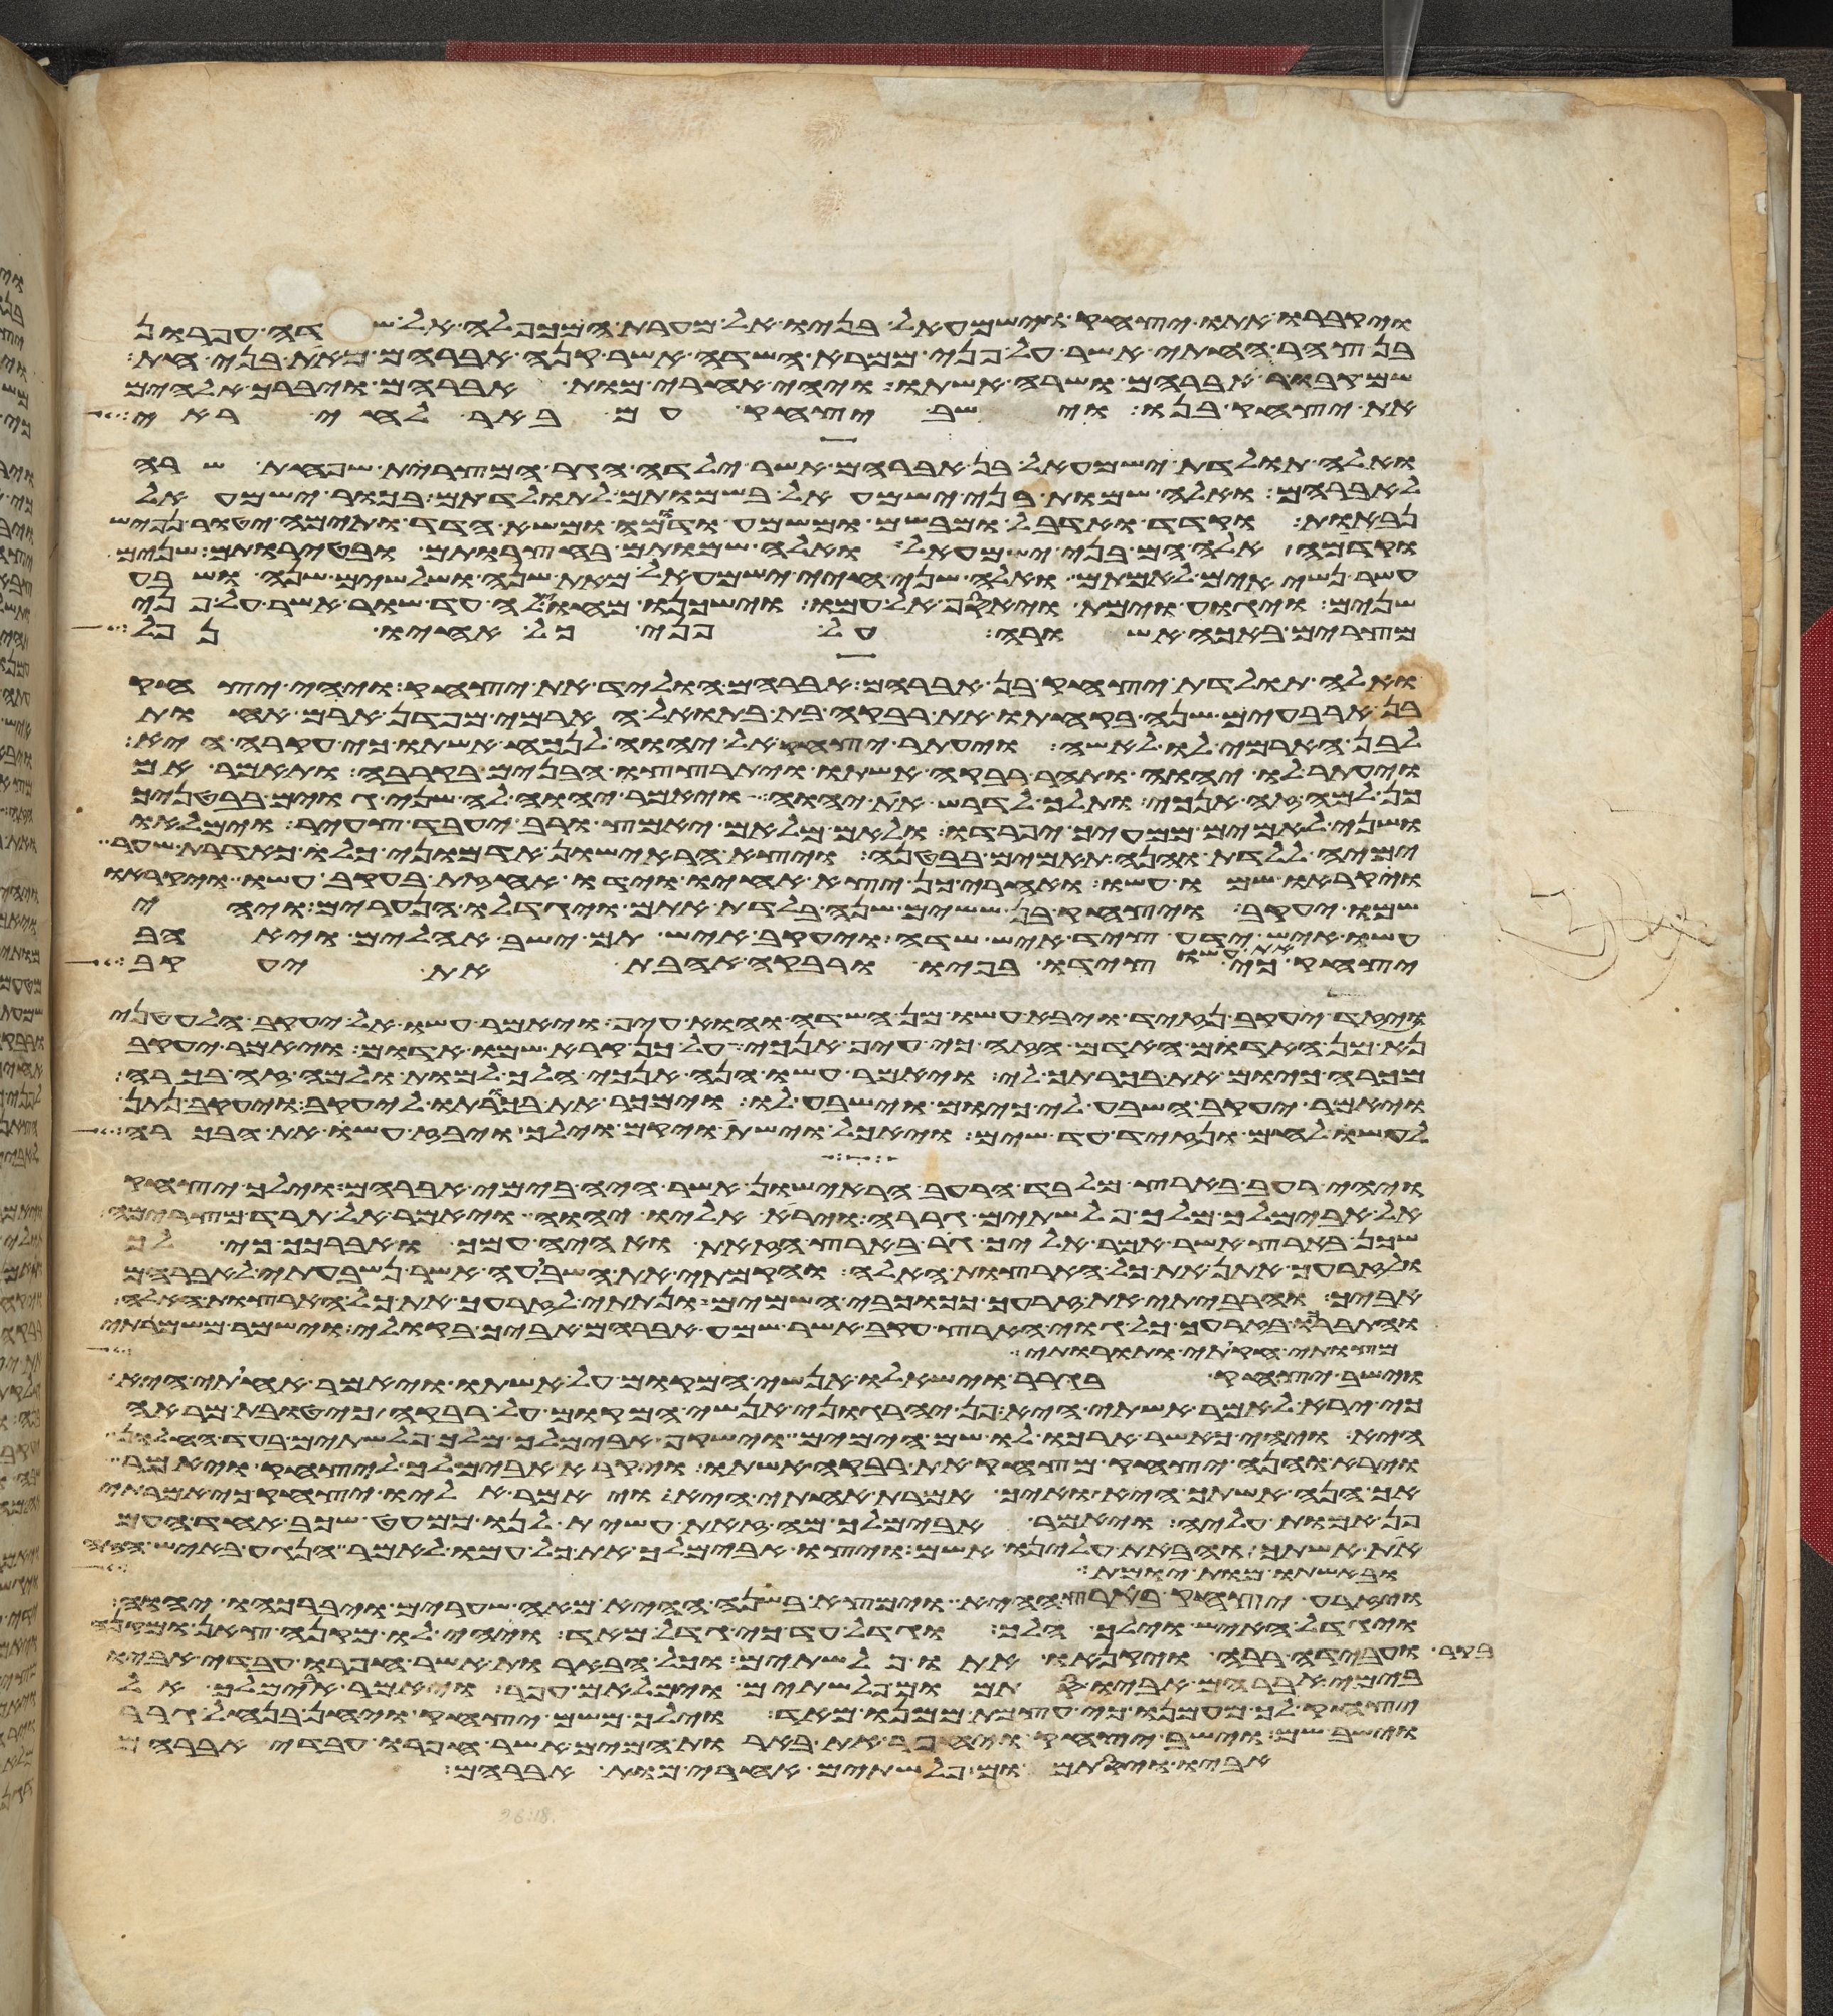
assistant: ויקברו אתו יצחק וישמעאל בניו אל מערת המכפלה אל שדה עפרון
צהר החתי אשר על פני ממרא השדה אשר קנה אברהם מאת בני חת
קבור אברהם ושרה אשתו ויהי אחרי מות אברהם ויברך אלהים
את יצחק בנו וישב יצחק עם באר לחי ראי
ואלה תולדת ישמעאל בן אברהם אשר ילדה הגר המצרית שפחת שרה
לאברהם ואלה שמות בני ישמעאל בשמותם לתולדתם בכור ישמעאל
נבאות וקדד ואדבל ומבשם ומשמע ודומה ומשא הדד ותימה יטור נפיש
וקדמה אלה הם בני ישמעאל ואלה שמותם בחצרותם ובטירתם שנים
עשר נשיאים לאמתם ואלה שני חיי ישמעאל מאת שנה ושלשים שנה ושבע
שנים ויגוע וימת ויאסף אל עמו וישכנו מחוילה עד שור אשר על פני
מצרים באכה אשורה על פני כל אחיו נפל
ואלה תולדת יצחק בן אברהם אברהם הוליד את יצחק ויהי יצחק
בן ארבעים שנה בקחתו את רבקה בת בתואל הארמי מפדן ארם אחות
לבן הארמי לו לאשה ויעתר יצחק אל יהוה לנכח אשתו כי עקרה היא
ויעתר לו יהוה ותהר רבקה אשתו ויתרצצו הבנים בקרבה ותאמר אם
כן למה זה אנכי ותלך לדרש את יהוה ויאמר יהוה לה שני גוים בבטנך
ושני לאמים ממעיך יפרדו ולאם מלאם יאמץ ורב יעבד צעיר וימלאו
ימיה ללדת והנה תאמים בבטנה ויצא הראישון אדמוני כלו כאדרת שער
ויקראו שמו עשו ואחרי כן יצא אחיו וידו אחזת בעקב עשו ויקראו
שמו יעקב ויצחק בן ששים שנה בלדת אתם ויגדלו הנערים ויהי
עשו איש ידע ציד איש שדה ויעקב איש תם ישב אהלים ויאהב
כי צידו בפיו ורבקה אהבת את יעקב
ויזד יעקב נזיד ויבא עשו מן השדה והוא עיף ויאמר עשו אל יעקב הלעטני
נא מן האדום האדם הזה כי עיף אנכי על כן קרא שמו אדום ויאמר יעקב
מכרה כיום את בכרתך לי ויאמר עשו הנה אנכי הלך למות ולמה זה לי בכורה
ויאמר יעקב השבע לי כיום וישבע לו וימכר את בכורתו ליעקב ויעקב נתן
לעשו לחם ונזיד עד שים ויאכל וישת ויקם וילך ויבז עשו את הבכורה
ויהי רעב בארץ מלבד הרעב הראישון אשר היה בימי אברהם וילך יצחק
אל אבימלך מלך פלשתים גררה וירא אליו יהוה ויאמר אל תרד מצרימה
שכן בארץ אשר אמר אליך גר בארץ הזאת ואהיה עמך ואברכך כי לך
ולזרעך אתן את כל הארצות האלה והקמתי את השבועה אשר נשבעתי לאברהם
אביך והרביתי את זרעך ככוכבי השמים ונתתי לזרעך את כל הארצות האלה
והתברכו בזרעך כל גוי הארץ עקב אשר שמע אברהם אביך בקולי וישמר משמרתי
מצותי חקותי ותורותי
וישב יצחק בגרר וישאלו אנשי המקום על אשתו ויאמר אחותי היא
כי ירא לאמר אשתי היא פן יהרגוני אנשי המקום על רבקה כי טובת מראה
היא ויהי כאשר הרכו לו שם הימים וישקף אבימלך מלך פלשתים בעד החלון
וירא והנה יצחק מצחק את רבקה אשתו ויקרא אבימלך ליצחק ויאמר
אך הנה אשתך היא ואיך אמרת אחותי היא ויאמר אליו יצחק כי אמרתי
פן אמות עליה ויאמר אבימלך מה זאת עשית לנו כמעט שכב אחד העם
את אשתך והבאת עלינו אשם ויצו אבימלך את כל עמו לאמר הנגע באיש הזה
ובאשתו מות יומת
ויזרע יצחק בארץ ההיא וימצא בשנה ההיא מאה שערים ויברכהו יהוה
ויגדל האיש וילך הלך וגדל עד כי גדל מאד ויהי לו מקנה צאן ומקנה
בקר ועבדה רבה ויקנאו אתו פלשתים וכל הבארות אשר חפרו עבדי אביו
בימי אברהם אביו סתמום פלשתים וימלאום עפר ויאמר אבימלך אל
יצחק לך מעמנו כי עצמת ממנו מאד וילך משם יצחק ויחן בנחל גרר
וישב שם וישב יצחק ויחפר את בארות המים אשר חפרו עבדי אברהם
אביו ויסתמום פלשתים אחרי מות אברהם